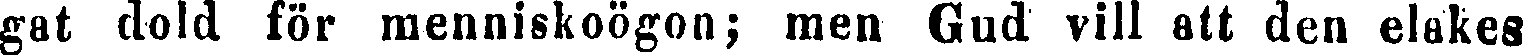
gat dold för menniskoögon; men Gud vill att den elakes